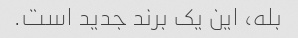
بله، این یک برند جدید است.